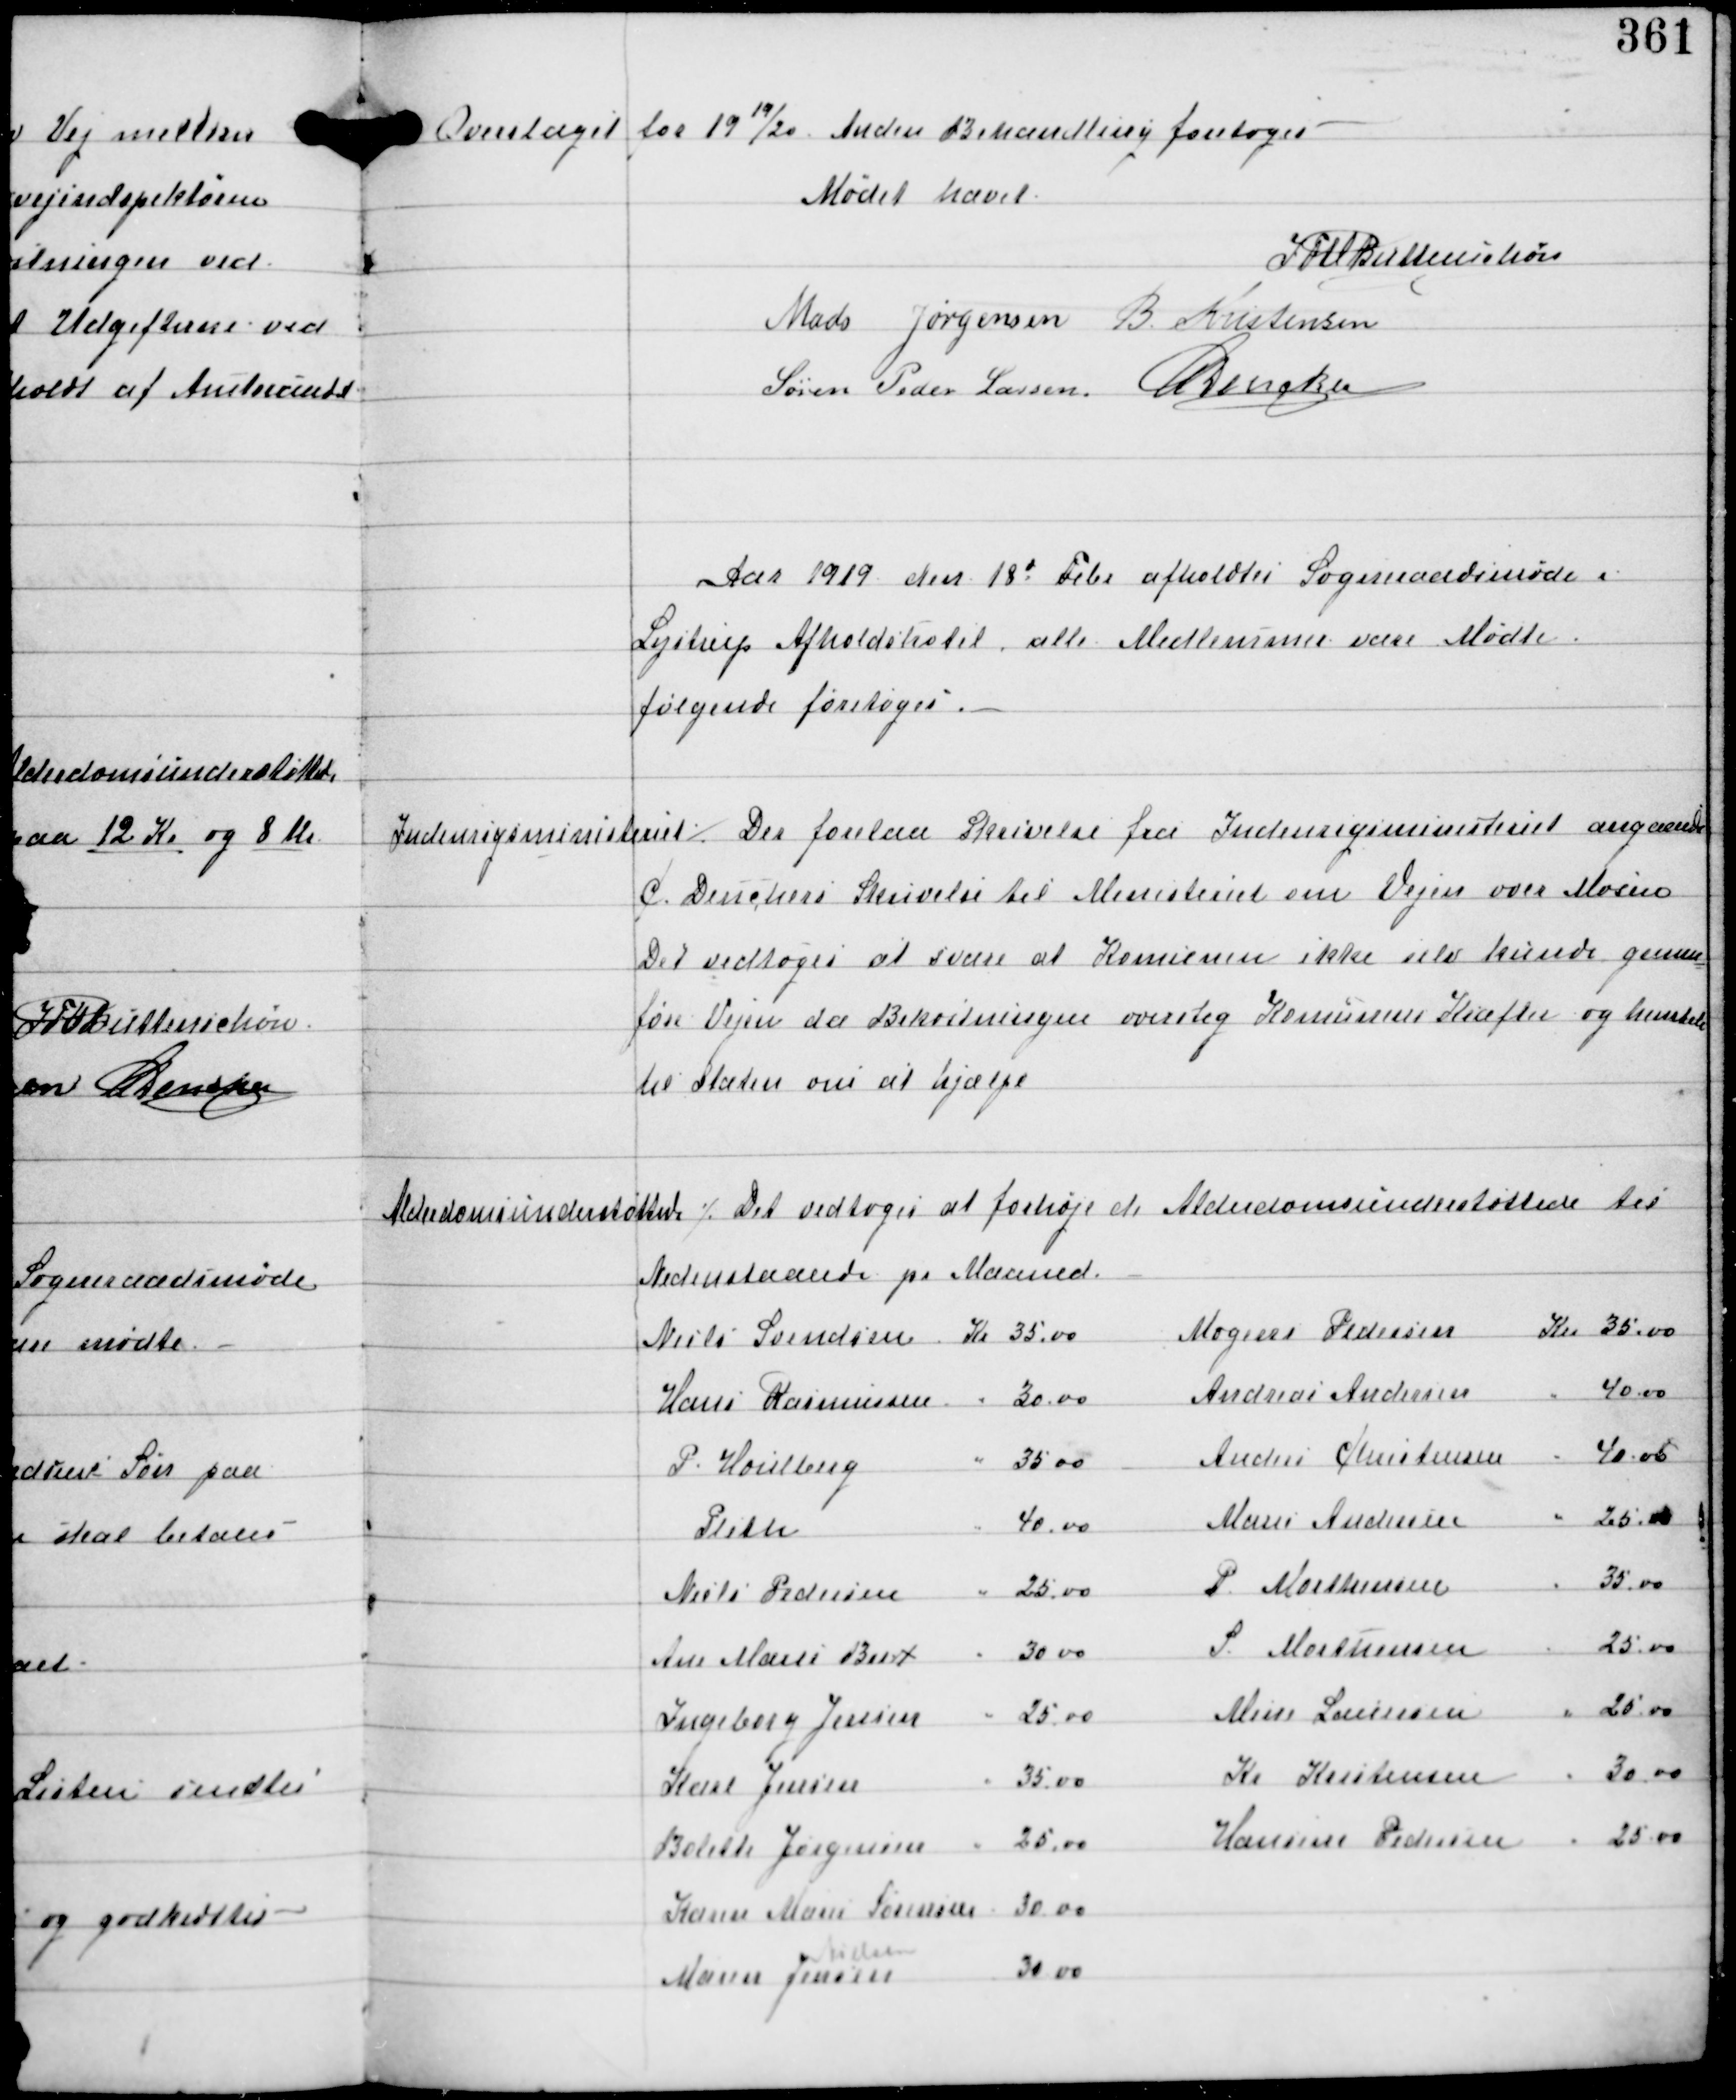
Transskription:
Overslaget for 1919/20

Anden Behandling foretoges

Mødet hævet
IFV Buttenschøn
Mads Jørgensen B. Kristensen
Søren Peder Lassen C Dencker

Aar 1919 den 18de Febr afholdtes Sogneraadsmøde i
Lystrup Afholdshotel alle Medlemmer vare Mødte
følgende foretoges.

Indenrigsministeriet ⁒

Der forelaa Skrivelse fra Indenrigsministeriet angaaende
C. Denckers Skrivelse til Ministeriet om Vejen over Mosen
Det vedtoges at svare at Komunen ikke selv kunde gennem-
føre Vejen da Bekostningen oversteg Komunens Kræfter og henstele
til Staten om at hjælpe

Alderdomsundestøttede

⁒ Det vedtoges at forhøje de Alderdomsunderstøttede til
Nedenstaaende pr Maaned.